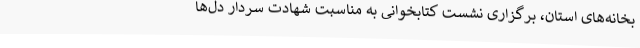
بخانه‌های استان، برگزاری نشست کتابخوانی به مناسبت شهادت سردار دل‌ها